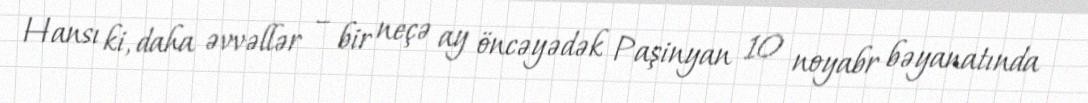
Hansı ki, daha əvvəllər – bir neçə ay öncəyədək Paşinyan 10 noyabr bəyanatında